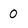
Character: 0